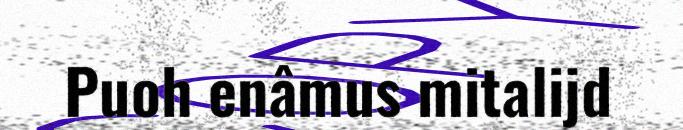
Puoh enâmus mitalijd